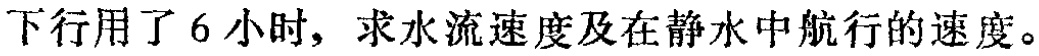
下行用了 6 小时，求水流速度及在静水中航行的速度。